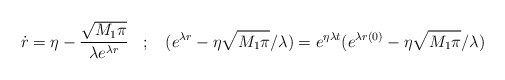
\begin{align*}\dot{r} = \eta - \frac{\sqrt{M_1 \pi}}{\lambda e^{\lambda r}} \: \:\: \: ;\: \: \: \:(e^{\lambda r} - \eta \sqrt{M_1 \pi}/\lambda ) =e^{\eta\lambda t} (e^{\lambda r(0)} - \eta \sqrt{M_1 \pi}/\lambda )\end{align*}